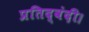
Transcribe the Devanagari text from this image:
प्रतिद्वंदी।